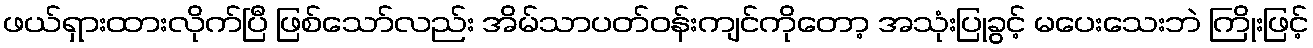
ဖယ်ရှားထားလိုက်ပြီ ဖြစ်သော်လည်း အိမ်သာပတ်ဝန်းကျင်ကိုတော့ အသုံးပြုခွင့် မပေးသေးဘဲ ကြိုးဖြင့်